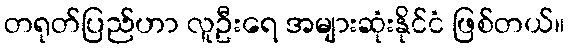
တရုတ်ပြည်ဟာ လူဦးရေ အများဆုံးနိုင်ငံ ဖြစ်တယ်။